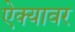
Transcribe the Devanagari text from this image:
ऐक्यावर